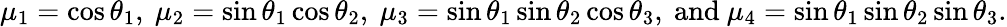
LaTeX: \mu_{1}=\cos\theta_{1},~\mu_{2}=\sin\theta_{1}\cos\theta_{2},~\mu_{3}=\sin\theta_{1}\sin\theta_{2}\cos\theta_{3},~\mathrm{and}~\mu_{4}=\sin\theta_{1}\sin\theta_{2}\sin\theta_{3}.